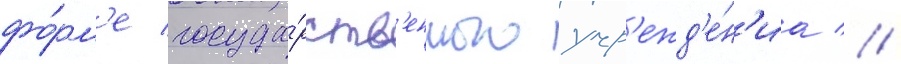
фо́рм'е госуда́рств'енного учр'ежд'е́н'иа //